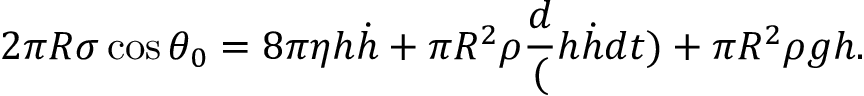
2 \pi R \sigma \cos \theta _ { 0 } = 8 \pi \eta h \dot { h } + \pi R ^ { 2 } \rho \frac { d } ( h \dot { h } { d t } ) + \pi R ^ { 2 } \rho g h .